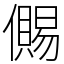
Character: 儩